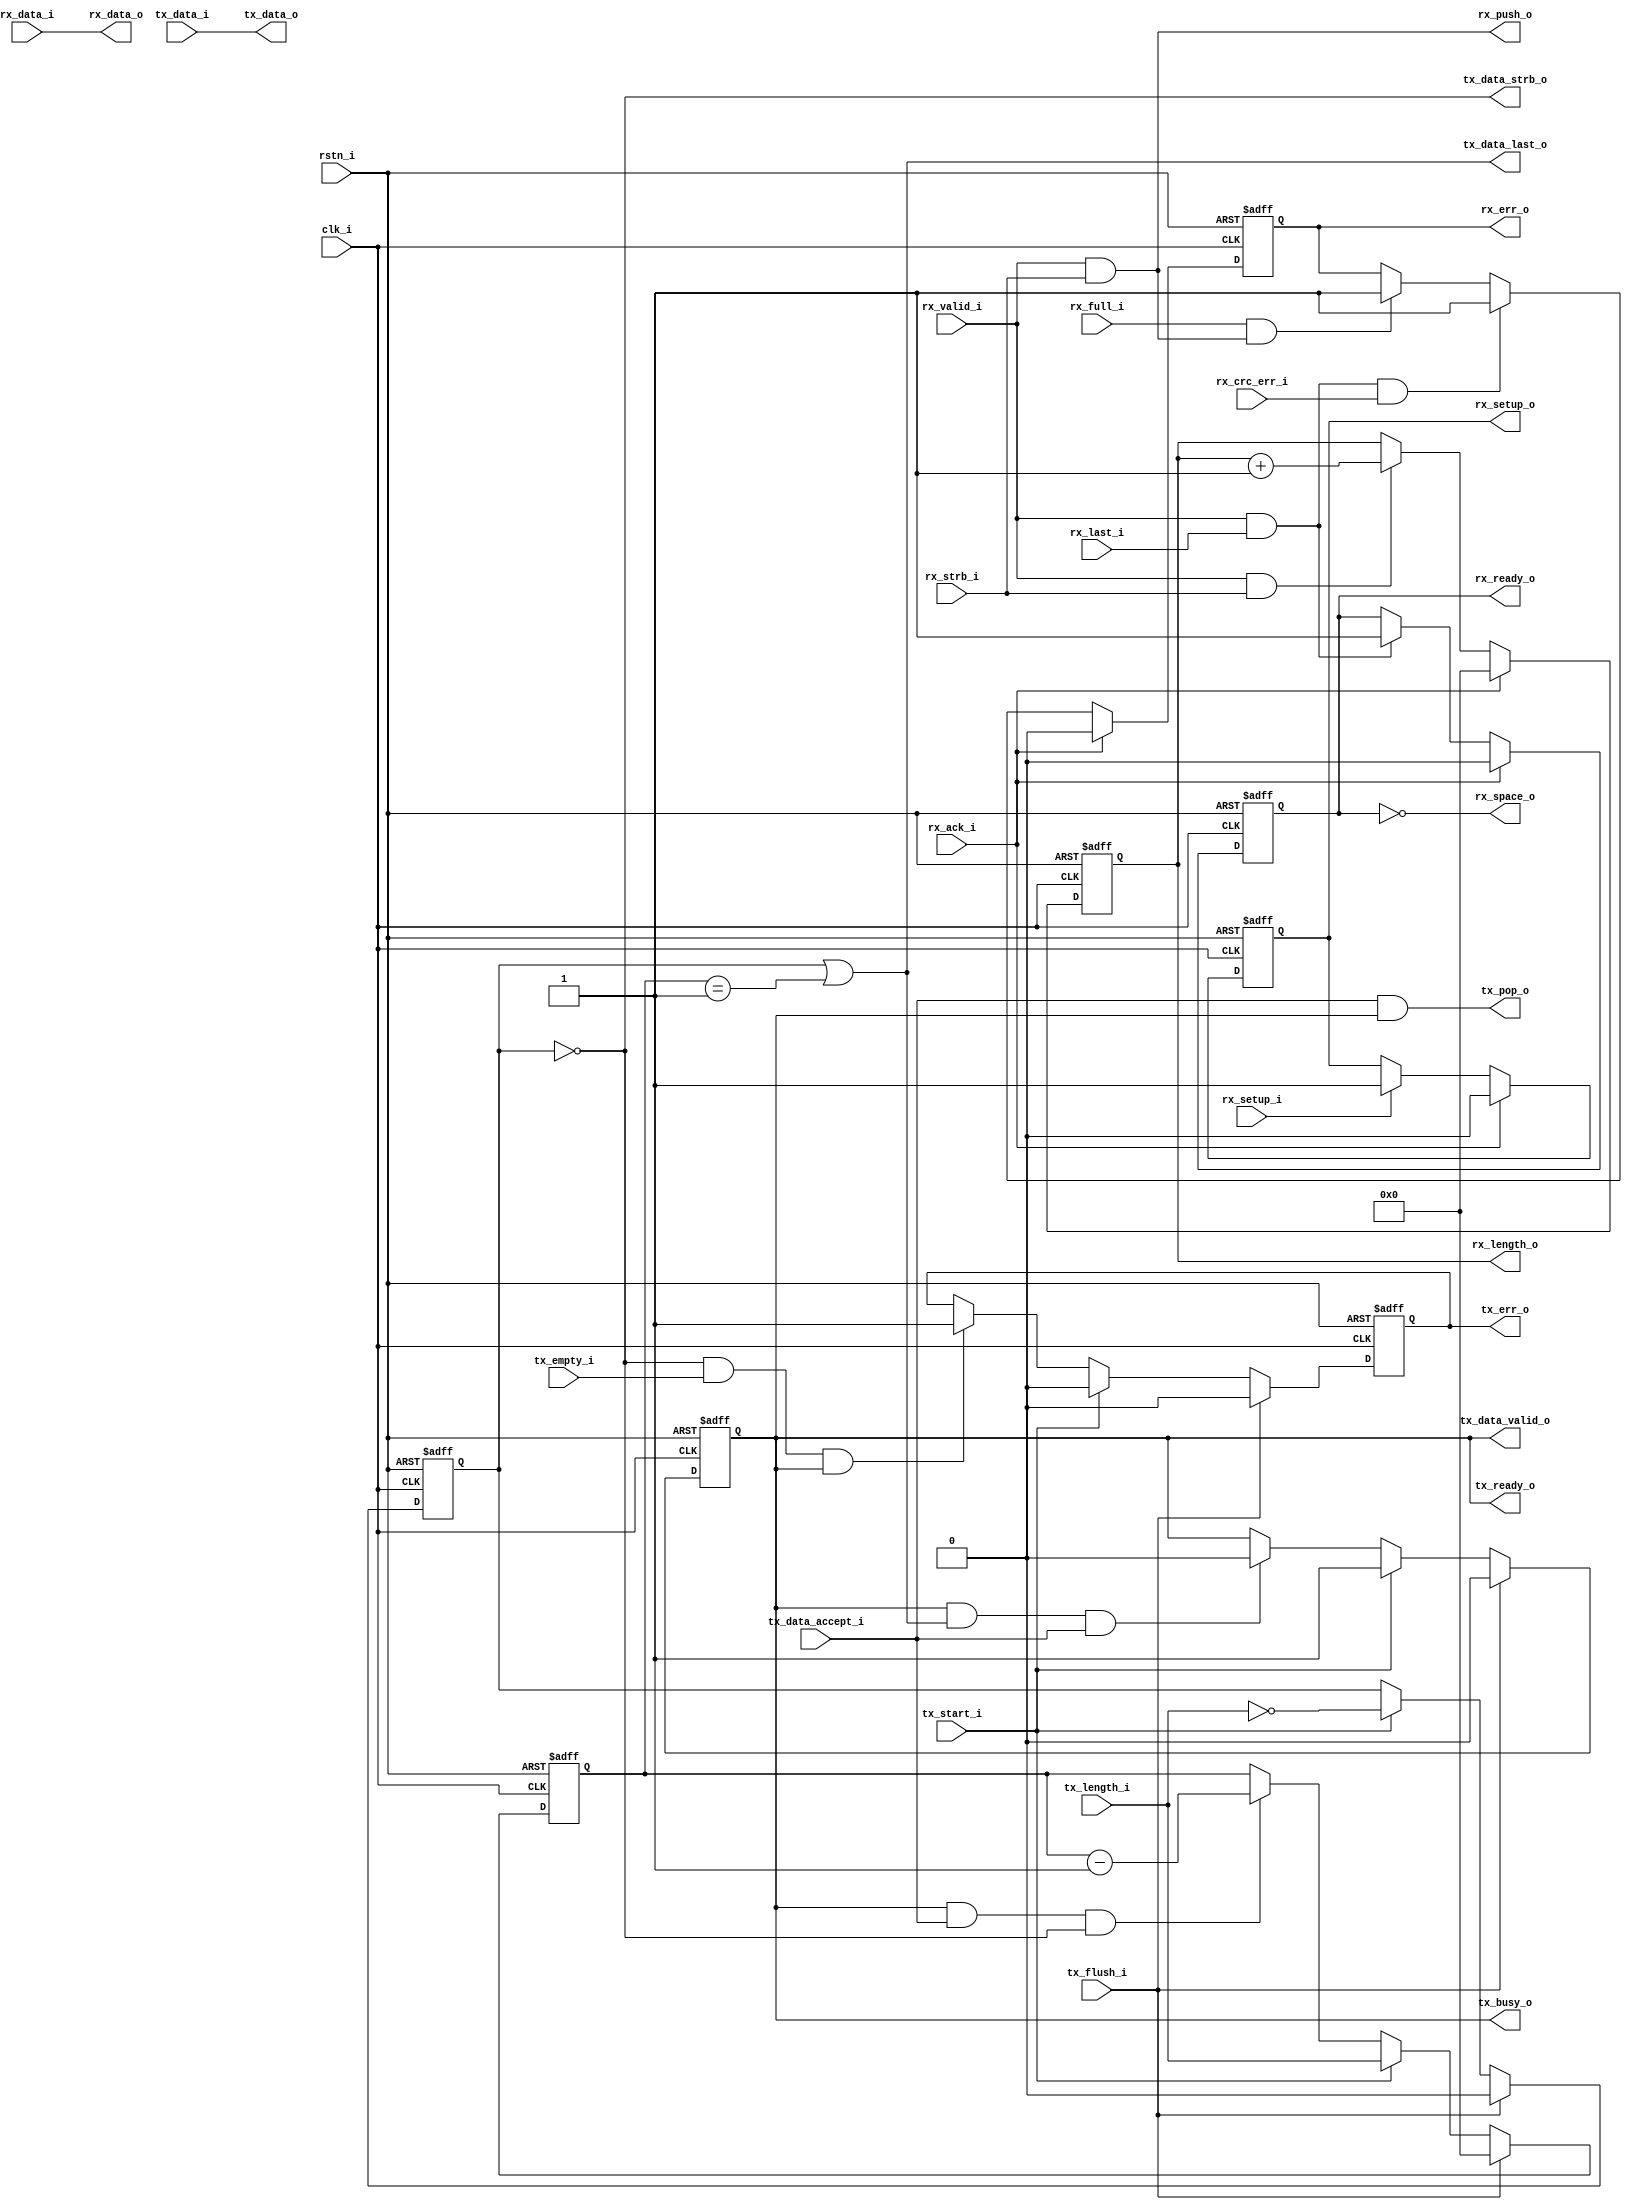
//=================================================================
//
// SIE EP
//
// Version: V1.0
// Created by Ultra-Embedded.com 
// http://github.com/ultraembedded/cores
//
//=================================================================
module usbf_sie_ep
(
    // Inputs
     input           clk_i
    ,input           rstn_i

    // Rx SIE interface
    ,output          rx_space_o
    ,input           rx_setup_i
    ,input           rx_valid_i
    ,input           rx_strb_i
    ,input  [  7:0]  rx_data_i
    ,input           rx_last_i
    ,input           rx_crc_err_i

    // Rx FIFO interface
    ,output          rx_push_o
    ,output [  7:0]  rx_data_o
    ,input           rx_full_i

    // Rx register interface 
    ,output [ 10:0]  rx_length_o
    ,output          rx_ready_o
    ,output          rx_err_o
    ,output          rx_setup_o
    ,input           rx_ack_i
    
    // Tx FIFO interface
    ,output          tx_pop_o
    ,input  [  7:0]  tx_data_i
    ,input           tx_empty_i
    
    // Tx register interface 
    ,input           tx_flush_i
    ,input  [ 10:0]  tx_length_i
    ,input           tx_start_i
    ,output          tx_busy_o
    ,output          tx_err_o
    
    // Tx SIE interface
    ,output          tx_ready_o
    ,output          tx_data_valid_o
    ,output          tx_data_strb_o
    ,output [  7:0]  tx_data_o
    ,output          tx_data_last_o
    ,input           tx_data_accept_i
);



//-----------------------------------------------------------------
// Rx
//-----------------------------------------------------------------
reg        rx_ready_q;
reg        rx_err_q;
reg [10:0] rx_len_q;
reg        rx_setup_q;

always @ (posedge clk_i or negedge rstn_i)
if (!rstn_i)
    rx_ready_q <= 1'b0;
else if (rx_ack_i)
    rx_ready_q <= 1'b0;
else if (rx_valid_i && rx_last_i)
    rx_ready_q <= 1'b1;

assign rx_space_o = !rx_ready_q;

always @ (posedge clk_i or negedge rstn_i)
if (!rstn_i)
    rx_len_q <= 11'b0;
else if (rx_ack_i)
    rx_len_q <= 11'b0;
else if (rx_valid_i && rx_strb_i)
    rx_len_q <= rx_len_q + 11'd1;

always @ (posedge clk_i or negedge rstn_i)
if (!rstn_i)
    rx_err_q <= 1'b0;
else if (rx_ack_i)
    rx_err_q <= 1'b0;
else if (rx_valid_i && rx_last_i && rx_crc_err_i)
    rx_err_q <= 1'b1;
else if (rx_full_i && rx_push_o)
    rx_err_q <= 1'b1;

always @ (posedge clk_i or negedge rstn_i)
if (!rstn_i)
    rx_setup_q <= 1'b0;
else if (rx_ack_i)
    rx_setup_q <= 1'b0;
else if (rx_setup_i)
    rx_setup_q <= 1'b1;

assign rx_length_o = rx_len_q;
assign rx_ready_o  = rx_ready_q;
assign rx_err_o    = rx_err_q;
assign rx_setup_o  = rx_setup_q;

assign rx_push_o   = rx_valid_i & rx_strb_i;
assign rx_data_o   = rx_data_i;

//-----------------------------------------------------------------
// Tx
//-----------------------------------------------------------------
reg        tx_active_q;
reg        tx_err_q;
reg        tx_zlp_q;
reg [10:0] tx_len_q;

// Tx active
always @ (posedge clk_i or negedge rstn_i)
if (!rstn_i)
    tx_active_q <= 1'b0;
else if (tx_flush_i)
    tx_active_q <= 1'b0;
else if (tx_start_i)
    tx_active_q <= 1'b1;
else if (tx_data_valid_o && tx_data_last_o && tx_data_accept_i)
    tx_active_q <= 1'b0;

assign tx_ready_o = tx_active_q;

// Tx zero length packet
always @ (posedge clk_i or negedge rstn_i)
if (!rstn_i)
    tx_zlp_q <= 1'b0;
else if (tx_flush_i)
    tx_zlp_q <= 1'b0;
else if (tx_start_i)
    tx_zlp_q <= (tx_length_i == 11'b0);

// Tx length
always @ (posedge clk_i or negedge rstn_i)
if (!rstn_i)
    tx_len_q <= 11'b0;
else if (tx_flush_i)
    tx_len_q <= 11'b0;
else if (tx_start_i)
    tx_len_q <= tx_length_i;
else if (tx_data_valid_o && tx_data_accept_i && !tx_zlp_q)
    tx_len_q <= tx_len_q - 11'd1;

// Tx SIE Interface
assign tx_data_valid_o = tx_active_q;
assign tx_data_strb_o  = !tx_zlp_q;
assign tx_data_last_o  = tx_zlp_q || (tx_len_q == 11'd1);
assign tx_data_o       = tx_data_i;

// Error: Buffer underrun
always @ (posedge clk_i or negedge rstn_i)
if (!rstn_i)
    tx_err_q <= 1'b0;
else if (tx_flush_i)
    tx_err_q <= 1'b0;
else if (tx_start_i)
    tx_err_q <= 1'b0;
else if (!tx_zlp_q && tx_empty_i && tx_data_valid_o)
    tx_err_q <= 1'b1;

// Tx Register Interface
assign tx_err_o      = tx_err_q;
assign tx_busy_o     = tx_active_q;

// Tx FIFO Interface
assign tx_pop_o      = tx_data_accept_i & tx_active_q;


endmodule